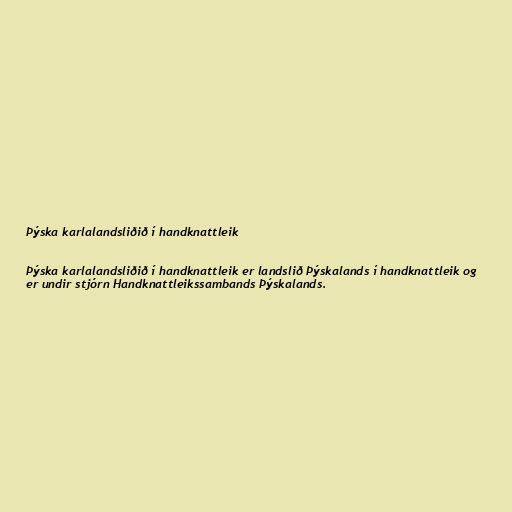
Þýska karlalandsliðið í handknattleik

Þýska karlalandsliðið í handknattleik er landslið Þýskalands í handknattleik og
er undir stjórn Handknattleikssambands Þýskalands.